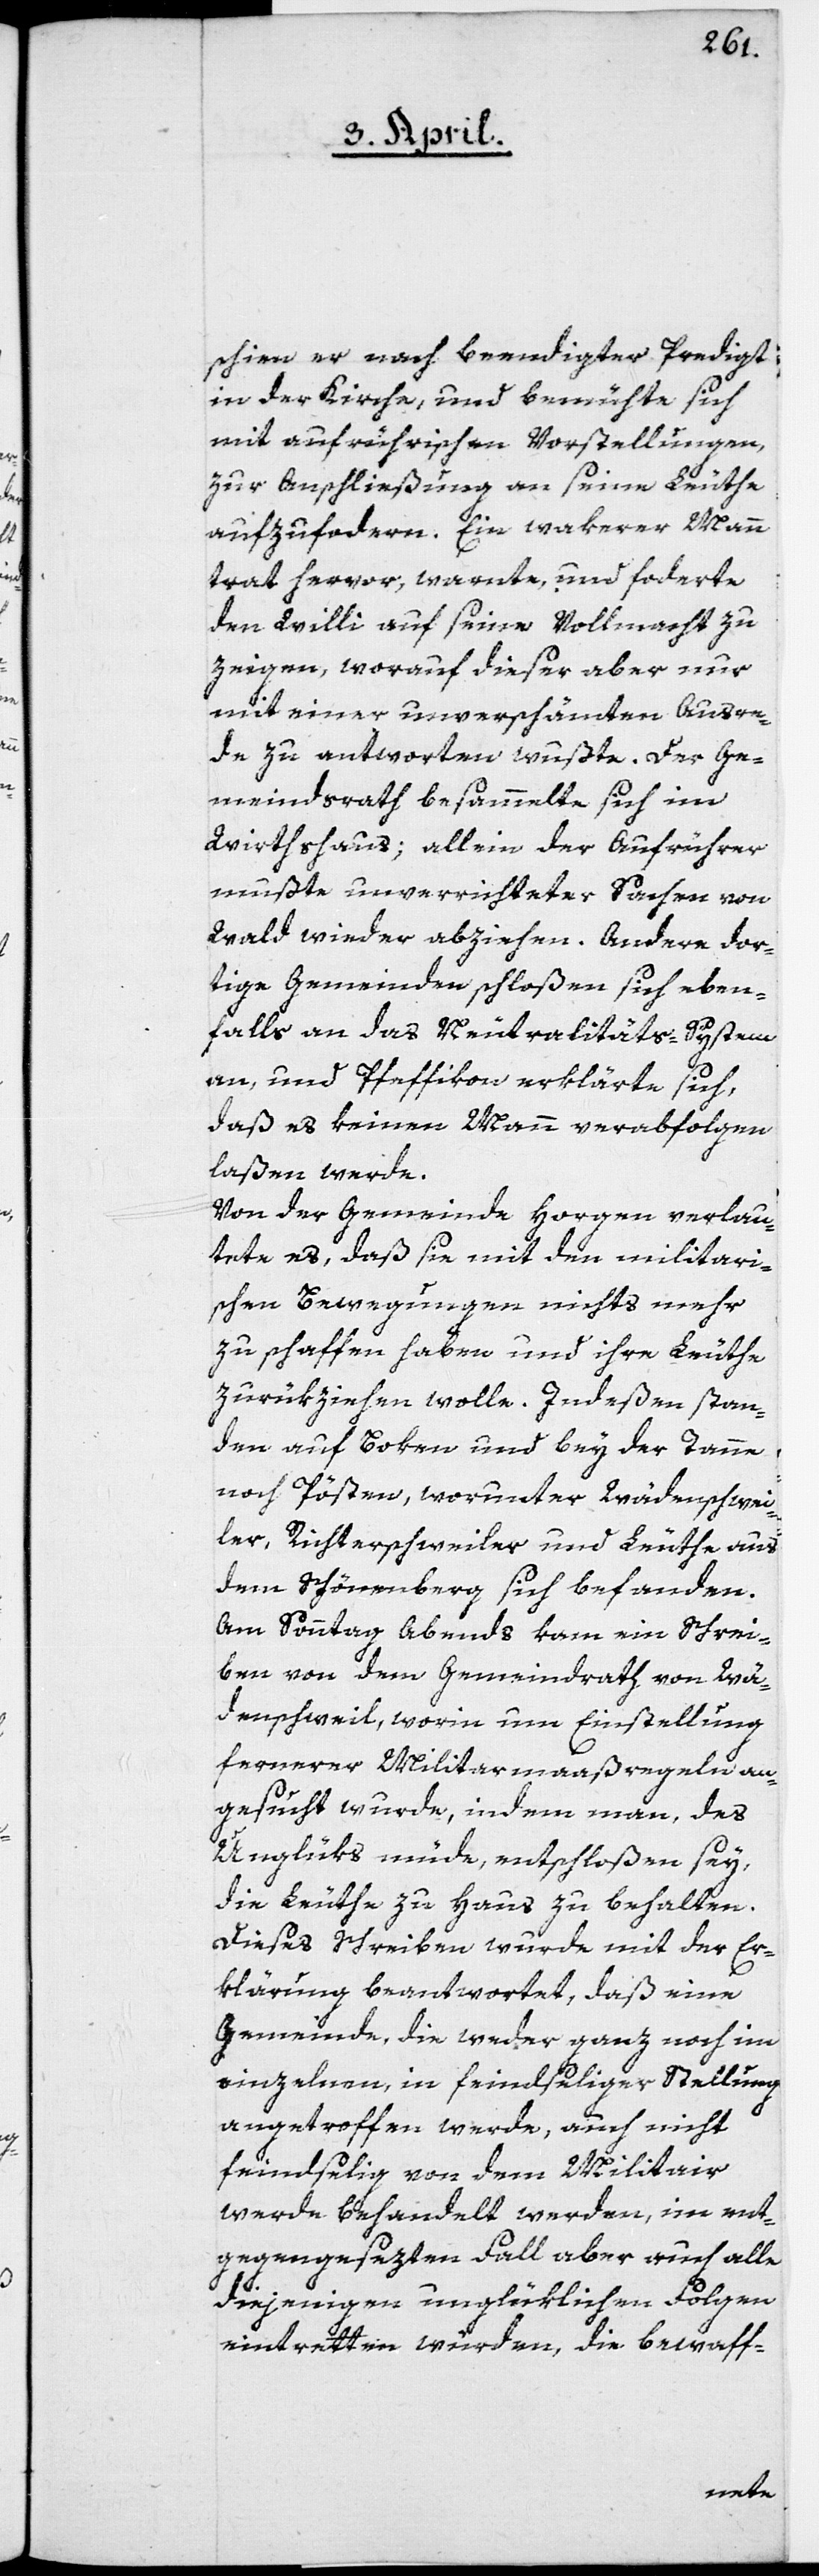
schien er nach beendigter Predigt
in der Kirche, und bemühte sich
mit aufrührischen Vorstellungen,
zur Anschließung an seine Leuthe
aufzufordern. Ein wakerer Mann
trat hervor, warnte und forderte
den Willi auf, seine Vollmacht zu
zeigen, worauf dieser aber nur
mit einer unverschämten Ausre¬
de zu antworten wußte. Der Ge¬
meindsrath besammelte sich im
Wirthshaus; allein der Aufrührer
mußte unverrichteter Sachen von
Wald wieder abziehen. Andere dor¬
tige Gemeinden schloßen sich eben¬
falls an das Neutralitäts-System
an, und Pfeffikon erklärte sich,
daß es keinen Mann verabfolgen
laßen werde.
Von der Gemeinde Horgen verlau¬
tete es, daß sie mit den militari¬
schen Bewegungen nichts mehr
zu schaffen haben und ihre Leuthe
zurükziehen wolle. Indeßen stan¬
den auf Boken und bey der Tanne
noch Pösten, worunter Wädenschwei¬
ler, Richterschweiler und Leuthe aus
dem Schönenberg sich befanden.
Am Sonntag Abends kam ein Schrei¬
ben von dem Gemeindrath von Wä¬
denschweil, worin um Einstellung
fernerer Militarmaaßregeln an¬
gesucht wurde, indem man, des
Unglüks müde entschloßen sey,
die Leuthe zu Haus zu behalten.
Dieses Schreiben wurde mit der Er¬
klärung beantwortet, daß eine
Gemeinde, die weder ganz noch im
einzelnen in feindseliger Stellung
angetroffen werde, auch nicht
feindselig von dem Militair
werde behandelt werden, im ent¬
gegengesezten Fall aber auch alle
diejenigen unglüklichen Folgen
eintretten würden, die bewaff-